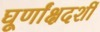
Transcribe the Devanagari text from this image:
घूर्णांक्षदर्शी